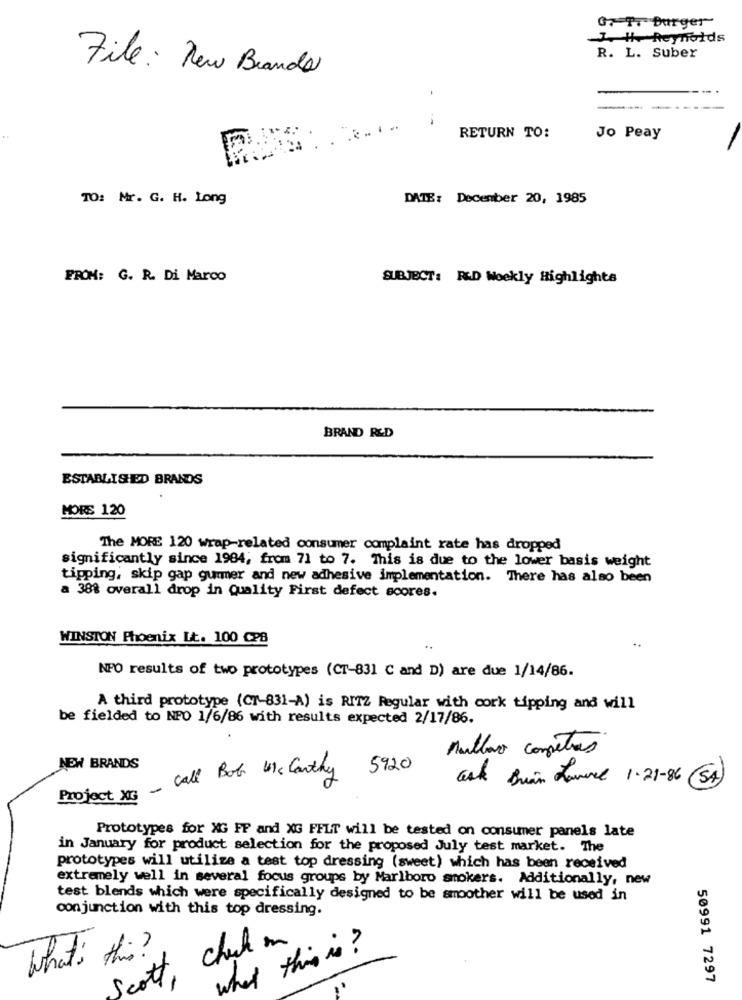
G. T. Burger
J. H. Reynolds
R. L. Suber
File: New Brands
-
RETURN TO:
Jo Peay
TO: Mr. G. H. Long
DATE: December 20, 1985
FROM: G. R. Di Marco
SUBJECT: R&D Weekly Highlights
BRAND R&D
ESTABLISHED BRANDS
HORS 120
The MORE 120 wrap-related consumer complaint rate has dropped
significantly since 1984; from 71 to 7. This is due to the lower basis weight
tipping, skip gap gurmer and new adhesive implementation. There has also been
a 38% overall drop in Quality First defect scores.
WINSTON Phoenix Lt. 100 CPB
..
NPO results of two prototypes (CT-831 C and D) are due 1/14/86.
A third prototype (CT-831-A) is RITZ Regular with cork tipping and will
be fielded to NFO 1/6/86 with results expected 2/17/86.
nullao competras
NEW BRANDS
- Call Bob Usc Carthy 5920
ask Brian Lowvel 1.21-86
SA
Project XIG
Prototypes for XG FF and XG FELT will be tested on consummer panels late
in January for product selection for the proposed July test market. The
prototypes will utilize a test top dressing (sweet) which has been received
extremely well in several focus groups by Marlboro smokers. Additionally, new
test blends which were specifically designed to be smoother will be used in
conjunction with this top dressing.
check in
what this is ?
What's this ?
cott
50991 7297